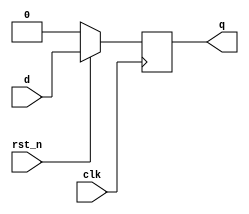
`timescale 1ns / 1ps
//////////////////////////////////////////////////////////////////////////////////
// Company: 
// Engineer: 
// 
// Design Name: 
// Module Name: d_ff_sync
// Project Name: 
// Target Devices: 
// Tool Versions: 
// Description: 
// 
// Dependencies: 
// 
// Revision:
// Revision 0.01 - File Created
// Additional Comments:
// 
//////////////////////////////////////////////////////////////////////////////////


module d_ff_sync(
    input clk,
    input rst_n,
    input d,
    output reg q
    );
    
    always @( posedge clk )
    begin
        if (!rst_n)
            q <= 0;
        else
            q <= d;
    end
endmodule